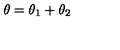
\theta = \theta _ { 1 } + \theta _ { 2 }